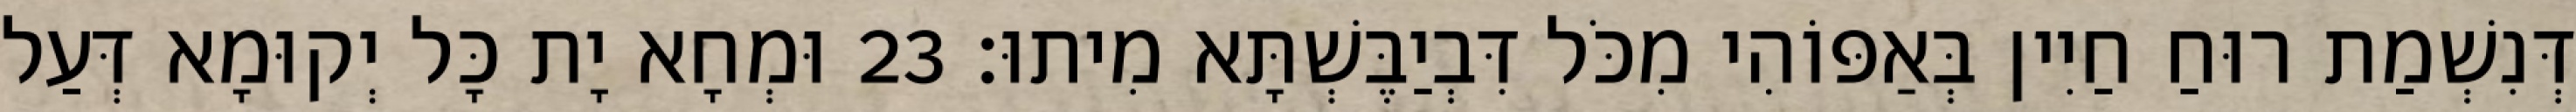
דְּנִשְׁמַת רוּחַ חַיִין בְּאַפּוֹהִי מִכֹּל דִּבְיַבֶּשְׁתָּא מִיתוּ׃ 23 וּמְחָא יָת כָּל יְקוּמָא דְּעַל